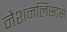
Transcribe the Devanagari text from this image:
नैशनलिस्ट्स